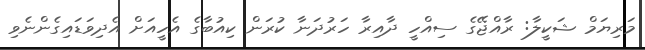
މަރިޔަމް ޝަކީލާ: ރާއްޖޭގެ ސިއްހީ ދާއިރާ ހަރުދަނާ ކުރަން ކިއުބާގެ އެހީއަށް އެދިވަޑައިގެންނެވި